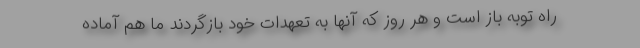
راه توبه باز است و هر روز که آنها به تعهدات خود بازگردند ما هم آماده